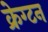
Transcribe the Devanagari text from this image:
क्रेग्टन